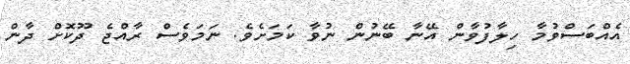
އެއްބަސްވުމާ ހިލާފުވާން އޭނާ ބޭނުން ނުވާ ކަމަށެވެ. ނަމަވެސް ރާއްޖެ ދޫކޮށް ދާން